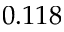
0 . 1 1 8